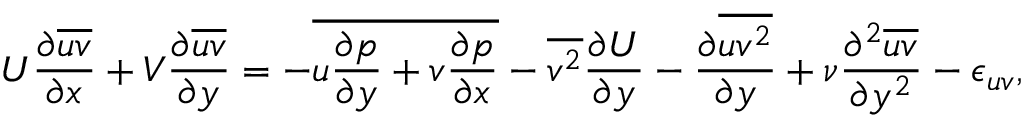
U \frac { \partial \overline { { u v } } } { \partial x } + V \frac { \partial \overline { { u v } } } { \partial y } = - \overline { { u \frac { \partial p } { \partial y } + v \frac { \partial p } { \partial x } } } - \overline { { v ^ { 2 } } } \frac { \partial U } { \partial y } - \frac { \partial \overline { { u v ^ { 2 } } } } { \partial y } + \nu \frac { \partial ^ { 2 } \overline { { u v } } } { \partial y ^ { 2 } } - \epsilon _ { u v } ,